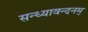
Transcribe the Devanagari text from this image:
सन्ध्यावन्दनम्